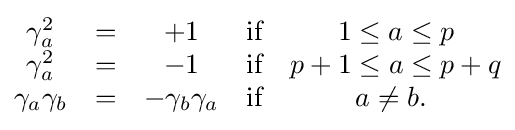
{\begin{matrix}\gamma _{a}^{2}&=&+1&{\mbox{if}}&1\leq a\leq p\\\gamma _{a}^{2}&=&-1&{\mbox{if}}&p+1\leq a\leq p+q\\\gamma _{a}\gamma _{b}&=&-\gamma _{b}\gamma _{a}&{\mbox{if}}&a\neq b.\ \\\end{matrix}}